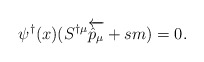
\begin{align*}\psi ^{\dagger} (x)(S^{\dagger \mu} \overleftarrow {{\hat p}_\mu} + sm)=0.\end{align*}